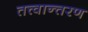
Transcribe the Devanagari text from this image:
तत्त्वान्तरण